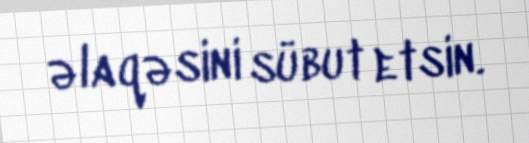
əlaqəsini sübut etsin.